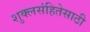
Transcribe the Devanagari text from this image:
शुक्लसंहितेसाठी